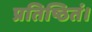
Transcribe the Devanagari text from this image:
प्रतिष्ठितं।